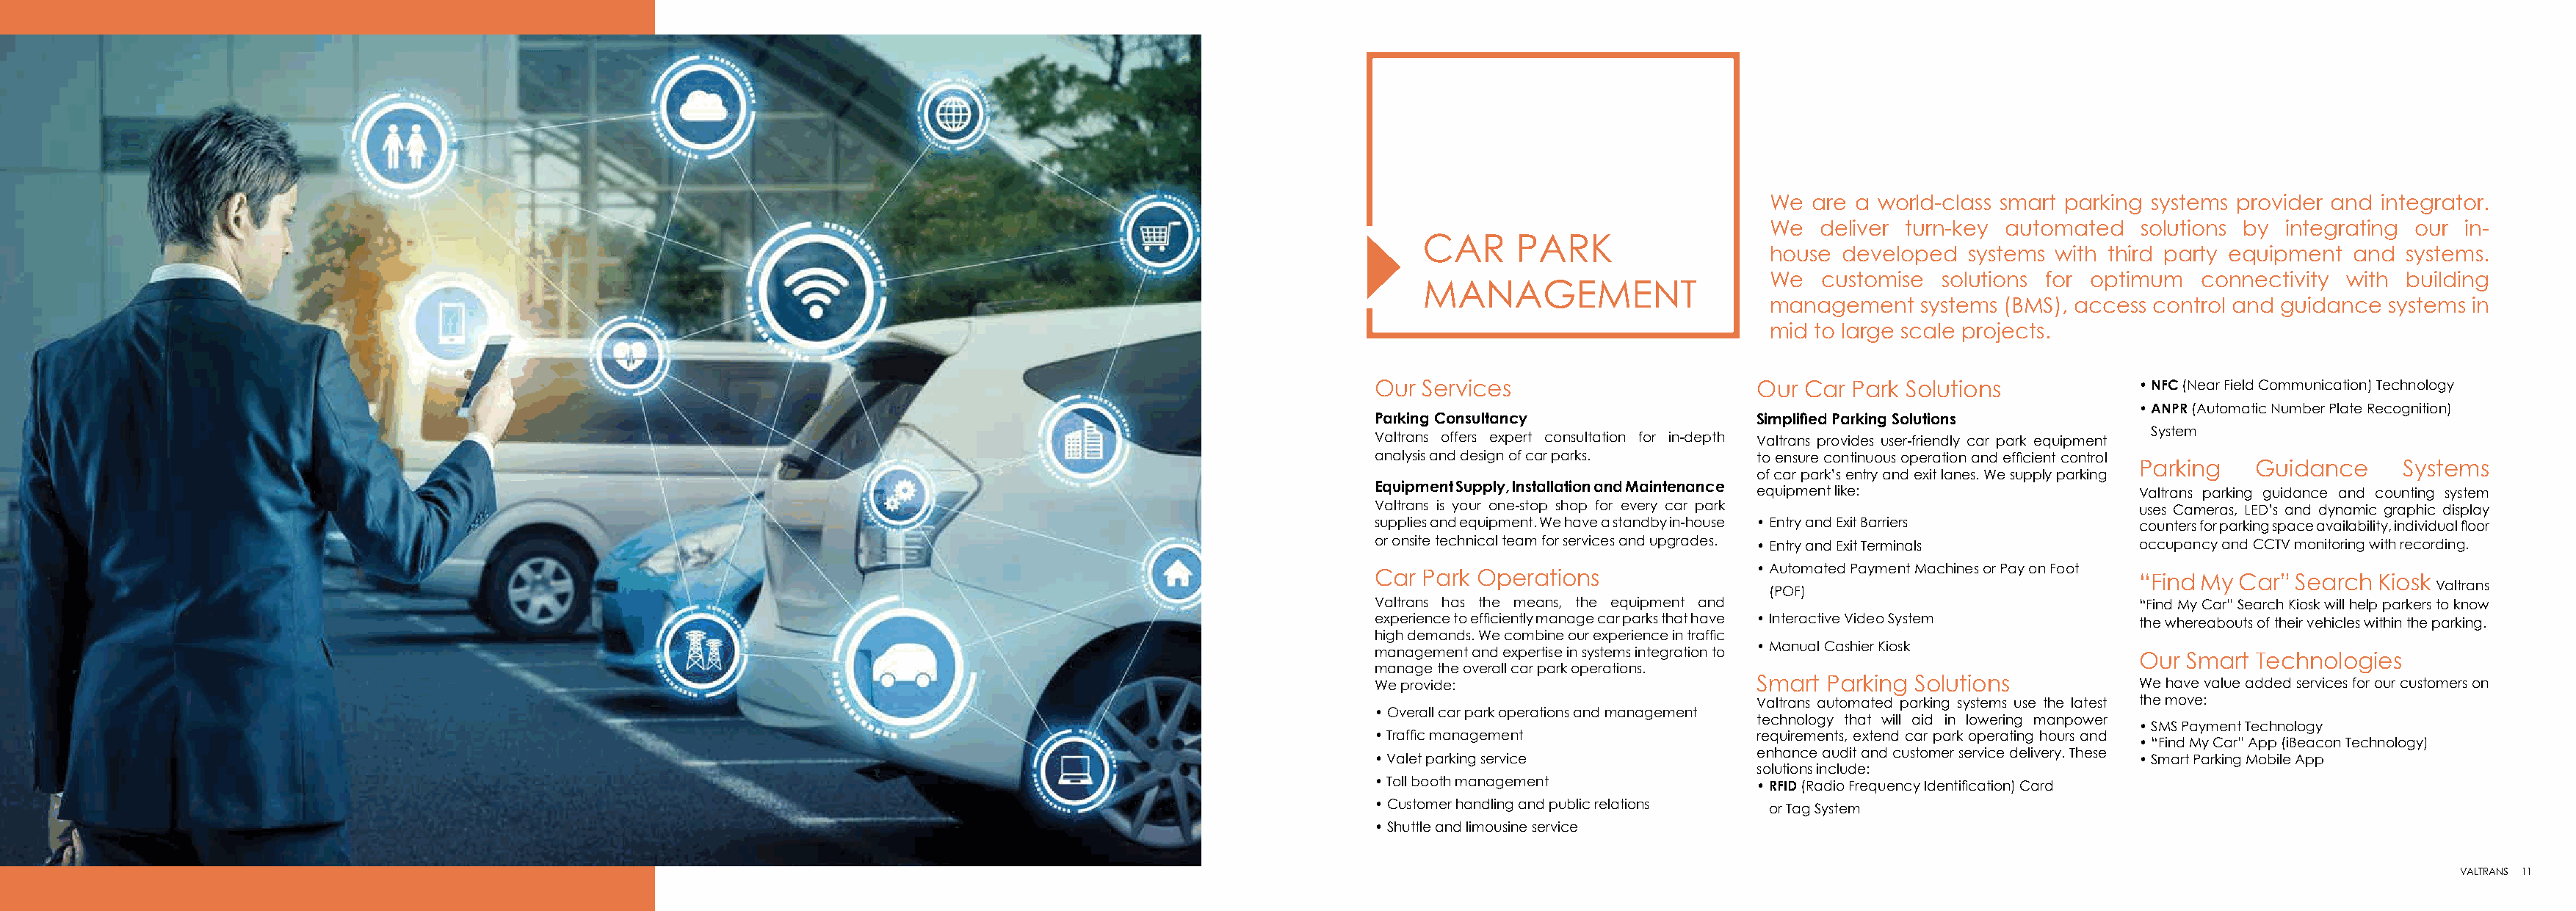
We are a world-class smart parking systems provider and integrator.
 We  deliver turn-key automated   solutions by integrating our in-
 CAR      PARK
 house developed  systems with third party equipment and  systems.
 We  customise  solutions for optimum  connectivity  with building
 MANAGEMENT
 management   systems (BMS), access control and guidance systems in
 mid to large scale projects.
 Our Services                      Our  Car Park Solutions            • NFC (Near Field Communication) Technology
 • ANPR (Automatic Number Plate Recognition)
 Parking Consultancy               Simplified Parking Solutions
 System
 Valtrans offers expert consultation for in-depth Valtrans provides user-friendly car park equipment
 analysis and design of car parks. to ensure continuous operation and efficient control
 Parking   Guidance      Systems
 of car park’s entry and exit lanes. We supply parking
 Equipment Supply, Installation and Maintenance
 equipment like:                    Valtrans parking guidance and counting system
 Valtrans is your one-stop shop for every car park                    uses Cameras, LED’s and dynamic graphic display
 supplies and equipment. We have a standby in-house • Entry and Exit Barriers counters for parking space availability, individual floor
 or onsite technical team for services and upgrades. • Entry and Exit Terminals occupancy and CCTV monitoring with recording.
 • Automated Payment Machines or Pay on Foot
 Car Park Operations                                                  “Find My Car” Search Kiosk
 Valtrans
 (POF)
 Valtrans has the means, the equipment and                            “Find My Car” Search Kiosk will help parkers to know
 experience to efficiently manage car parks that have • Interactive Video System the whereabouts of their vehicles within the parking.
 high demands. We combine our experience in traffic
 • Manual Cashier Kiosk
 management and expertise in systems integration to
 Our Smart Technologies
 manage the overall car park operations.
 We provide:                       Smart  Parking Solutions           We have value added services for our customers on
 Valtrans automated parking systems use the latest the move:
 • Overall car park operations and management
 technology that will aid in lowering manpower
 • SMS Payment Technology
 • Traffic management              requirements, extend car park operating hours and
 • “Find My Car” App (iBeacon Technology)
 enhance audit and customer service delivery. These
 • Valet parking service                                              • Smart Parking Mobile App
 solutions include:
 • Toll booth management           • RFID (Radio Frequency Identification) Card
 • Customer handling and public relations or Tag System
 • Shuttle and limousine service
 VALTRANS 11